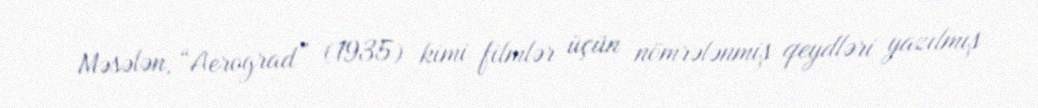
Məsələn, “Aerograd” (1935) kimi filmlər üçün nömrələnmiş qeydləri yazılmış